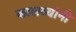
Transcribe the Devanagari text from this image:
कालव्यांनी